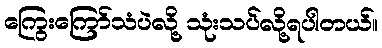
ကြွေးကြော်သံပဲလို့ သုံးသပ်လို့ရပါတယ်။